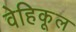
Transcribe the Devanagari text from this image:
वेहिकूल